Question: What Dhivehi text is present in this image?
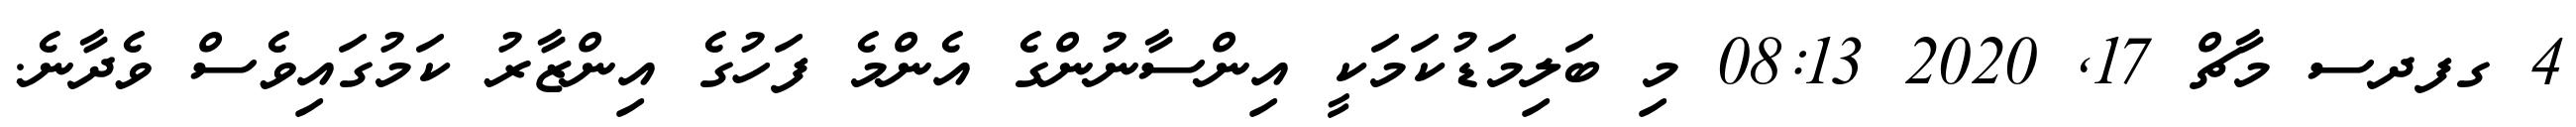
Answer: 4 ގފދސ މާޗް 17, 2020 08:13 މި ބަލިމަޑުކަމަކީ އިންސާނުންގެ އެންމެ ފަހުގެ އިންޒާރު ކަމުގައިވެސް ވެދާނެ.